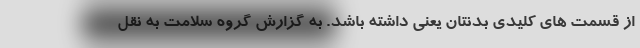
از قسمت های کلیدی بدنتان یعنی داشته باشد. به گزارش گروه سلامت به نقل